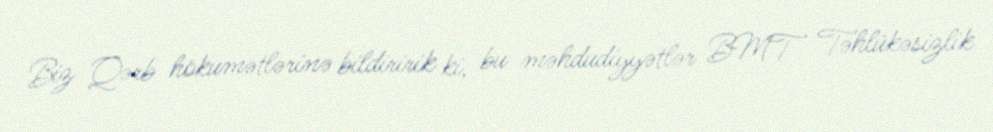
Biz Qərb hökumətlərinə bildiririk ki, bu məhdudiyyətlər BMT Təhlükəsizlik